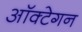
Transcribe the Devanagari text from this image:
ऑक्टेगन